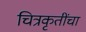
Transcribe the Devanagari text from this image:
चित्रकृतींचा